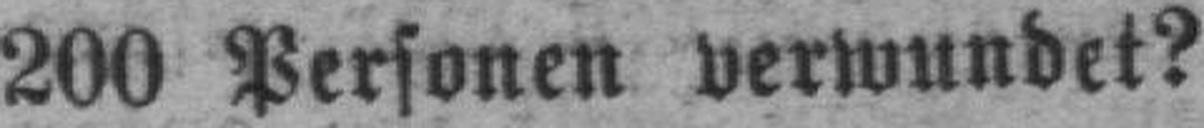
200 Personen verwundet?